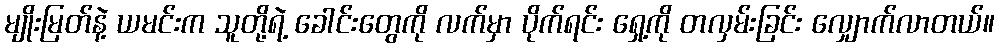
မျိုးမြတ်နဲ့ ယမင်းက သူတို့ရဲ့ ခေါင်းတွေကို လက်မှာ ပိုက်ရင်း ရှေ့ကို တလှမ်းခြင်း လျှောက်လာတယ်။